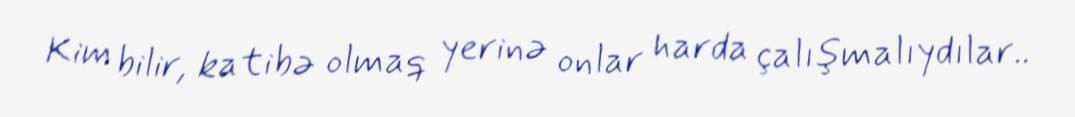
Kim bilir, katibə olmaq yerinə onlar harda çalışmalıydılar..